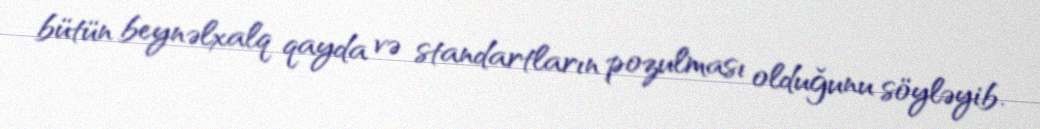
bütün beynəlxalq qayda və standartların pozulması olduğunu söyləyib.